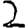
Digit: 2